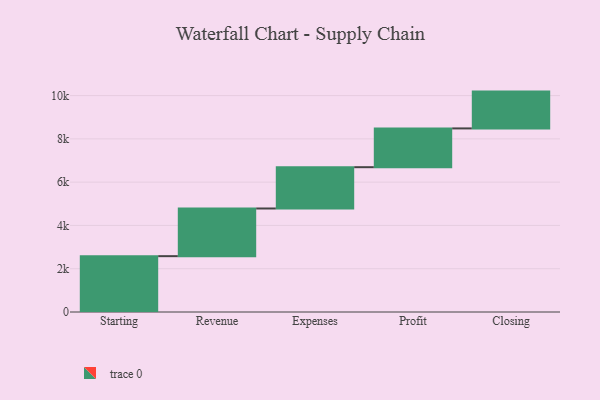
{"axis": {"x": "Step", "y": "Value"}, "legend": [""], "data": [{"x": "Starting", "y": 2580.0, "type": ""}, {"x": "Revenue", "y": 2203.0, "type": ""}, {"x": "Expenses", "y": 1908.0, "type": ""}, {"x": "Profit", "y": 1792.0, "type": ""}, {"x": "Closing", "y": 1701.0, "type": ""}]}